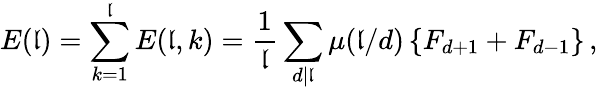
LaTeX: E(\mathfrak{l})=\sum_{k=1}^{\mathfrak{l}}E(\mathfrak{l},k)=\frac{{1}}{{\mathfrak{l}}}\sum_{d|\mathfrak{l}}\mu(\mathfrak{l}/d)\left\{ F_{d+1}+F_{d-1}\right\} \, ,